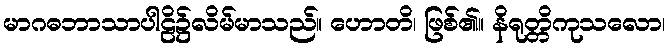
မာဂဓဘာသာပါဠိ၌လိမ်မာသည်။ ဟောတိ၊ ဖြစ်၏။ နိရုတ္တိကုသလော၊